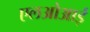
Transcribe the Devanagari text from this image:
एलओआई